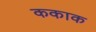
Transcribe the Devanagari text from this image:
ककाक